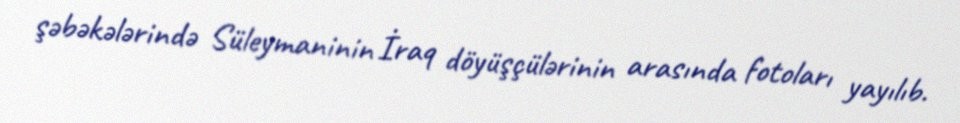
şəbəkələrində Süleymaninin İraq döyüşçülərinin arasında fotoları yayılıb.